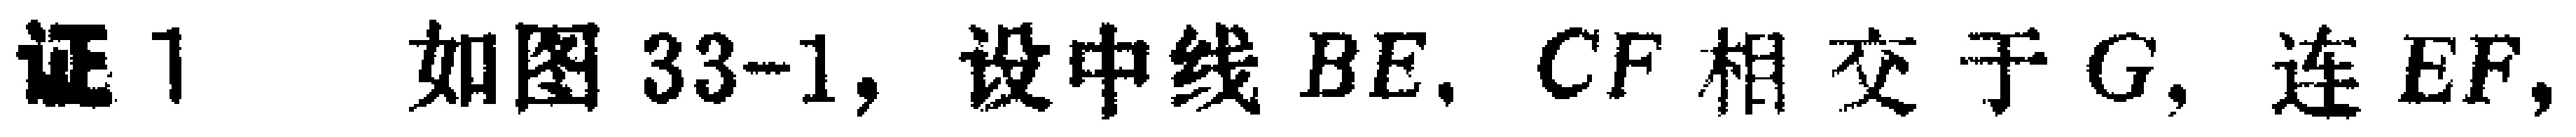
证1 如图33-1, 设中线 \(BE,CF\) 相交于 \(G\), 连 \(EF\),